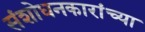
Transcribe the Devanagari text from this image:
संशोधनकारांच्या